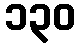
၁၃၀